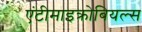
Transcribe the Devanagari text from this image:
एंटीमाइक्रोबियल्स